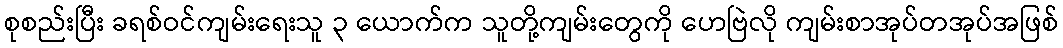
စုစည်းပြီး ခရစ်ဝင်ကျမ်းရေးသူ ၃ ယောက်က သူတို့ကျမ်းတွေကို ဟေဗြဲလို ကျမ်းစာအုပ်တအုပ်အဖြစ်